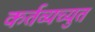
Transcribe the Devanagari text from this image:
कर्तव्यच्युत